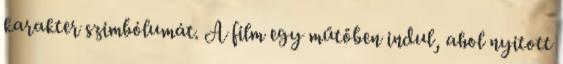
karakter szimbólumát. A film egy műtőben indul, ahol nyitott